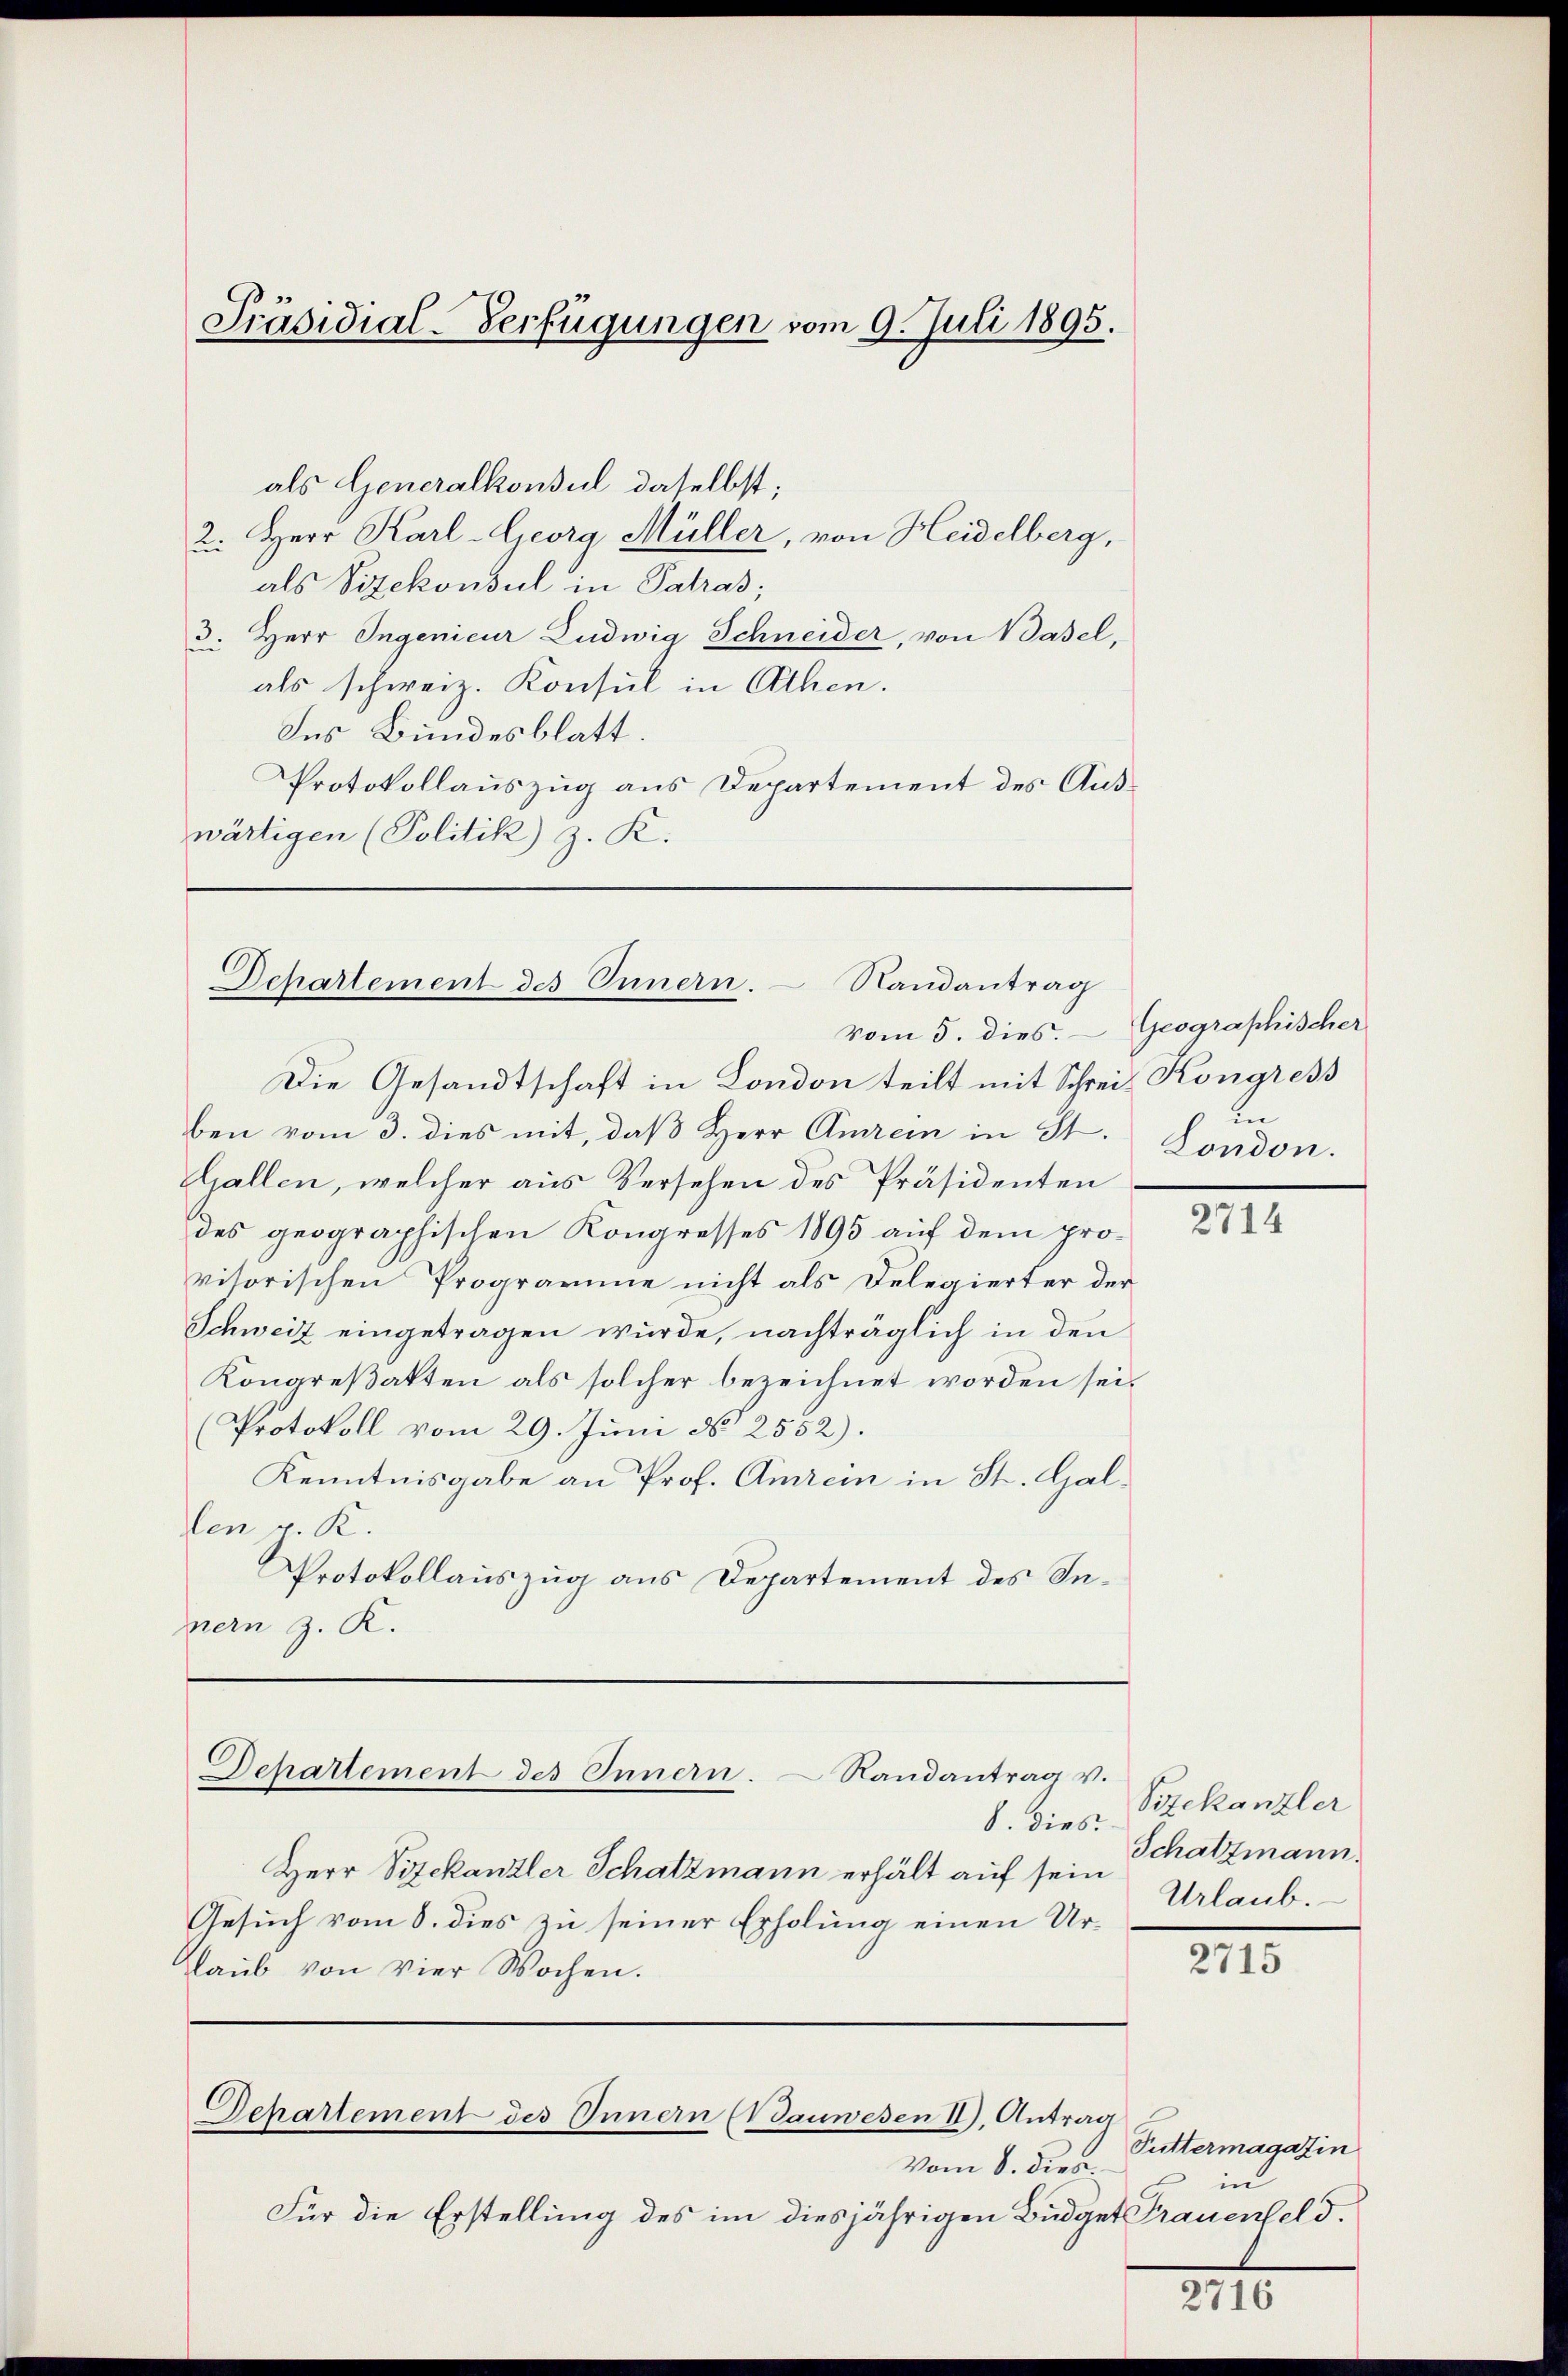
Präsidial-Verfügungen vom 9. Juli 1895.

als Generalkonsul daselbst;
2. Herr Karl-Georg Müller, von Heidelberg,
als Vizekonsul in Patras;
3. Herr Ingenieur Ludwig Schneider, von Basel,
als schweiz. Konsul in Athen.
Ins Bundesblatt.
Protokollauszug aus Departement des Auswärtigen (Politik) z. K.

Departement des Innern. Randantrag

vom 5. dies.
Die Gesandtschaft in London teilt mit Schrei Kongress
ben vom 3. dies mit, daß Herr Amrein in St.
Gallen, welcher aus Versehen des Präsidenten
des geographischen Kongresses 1895 auf dem pro-
visorischen Programme nicht als Delegierter der
Schweiz eingetragen wurde, nachträglich in den
Konareßakten als solcher bezeichnet worden sei.
Protokoll vom 29. Juni d. 2552).
Kenntnisgabe an Prof. Amiren in St. Gallen p. K.
Protokollauszug aus Departement des Innern z. R.

8. dies
Herr Vizekanzler Schatzmann erhält auf sein
Gesuch vom 8. dies zu seiner Erholung einen Ur¬
Laŭb von vier Wochen.
Dehartement des Innern (Bauwesen II), Antrag
Vom 8. Dieb.
Für die Erstellung des im diesjährigen Budget Trauenfeld.

Dchartement des Innern.
Randantrag v.

Geographischer
In
London.

2714

Sizekanzler
Schatzmann.
Urlaub.

2715

Futtermagazin
in

mach